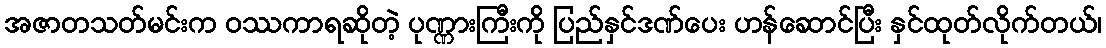
အဇာတသတ်မင်းက ဝဿကာရဆိုတဲ့ ပုဏ္ဏားကြီးကို ပြည်နှင်ဒဏ်ပေး ဟန်ဆောင်ပြီး နှင်ထုတ်လိုက်တယ်၊